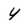
Character: Y